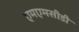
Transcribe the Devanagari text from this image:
एमएमसीडी